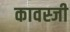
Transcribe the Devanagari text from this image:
कावस्जी